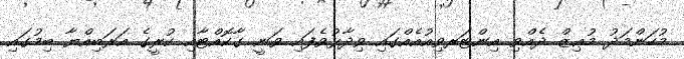
މުހަންމަދު މުޢިޒް ދެއްވި އިންޓަރވިއުއެއްގައި ވިދާޅުވެފައި ވަނީ ގާކޮއްޓާއި ކުރީގެ އަރަބިއްޔާ ބިމުގައި